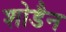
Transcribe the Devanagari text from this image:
शोडैन